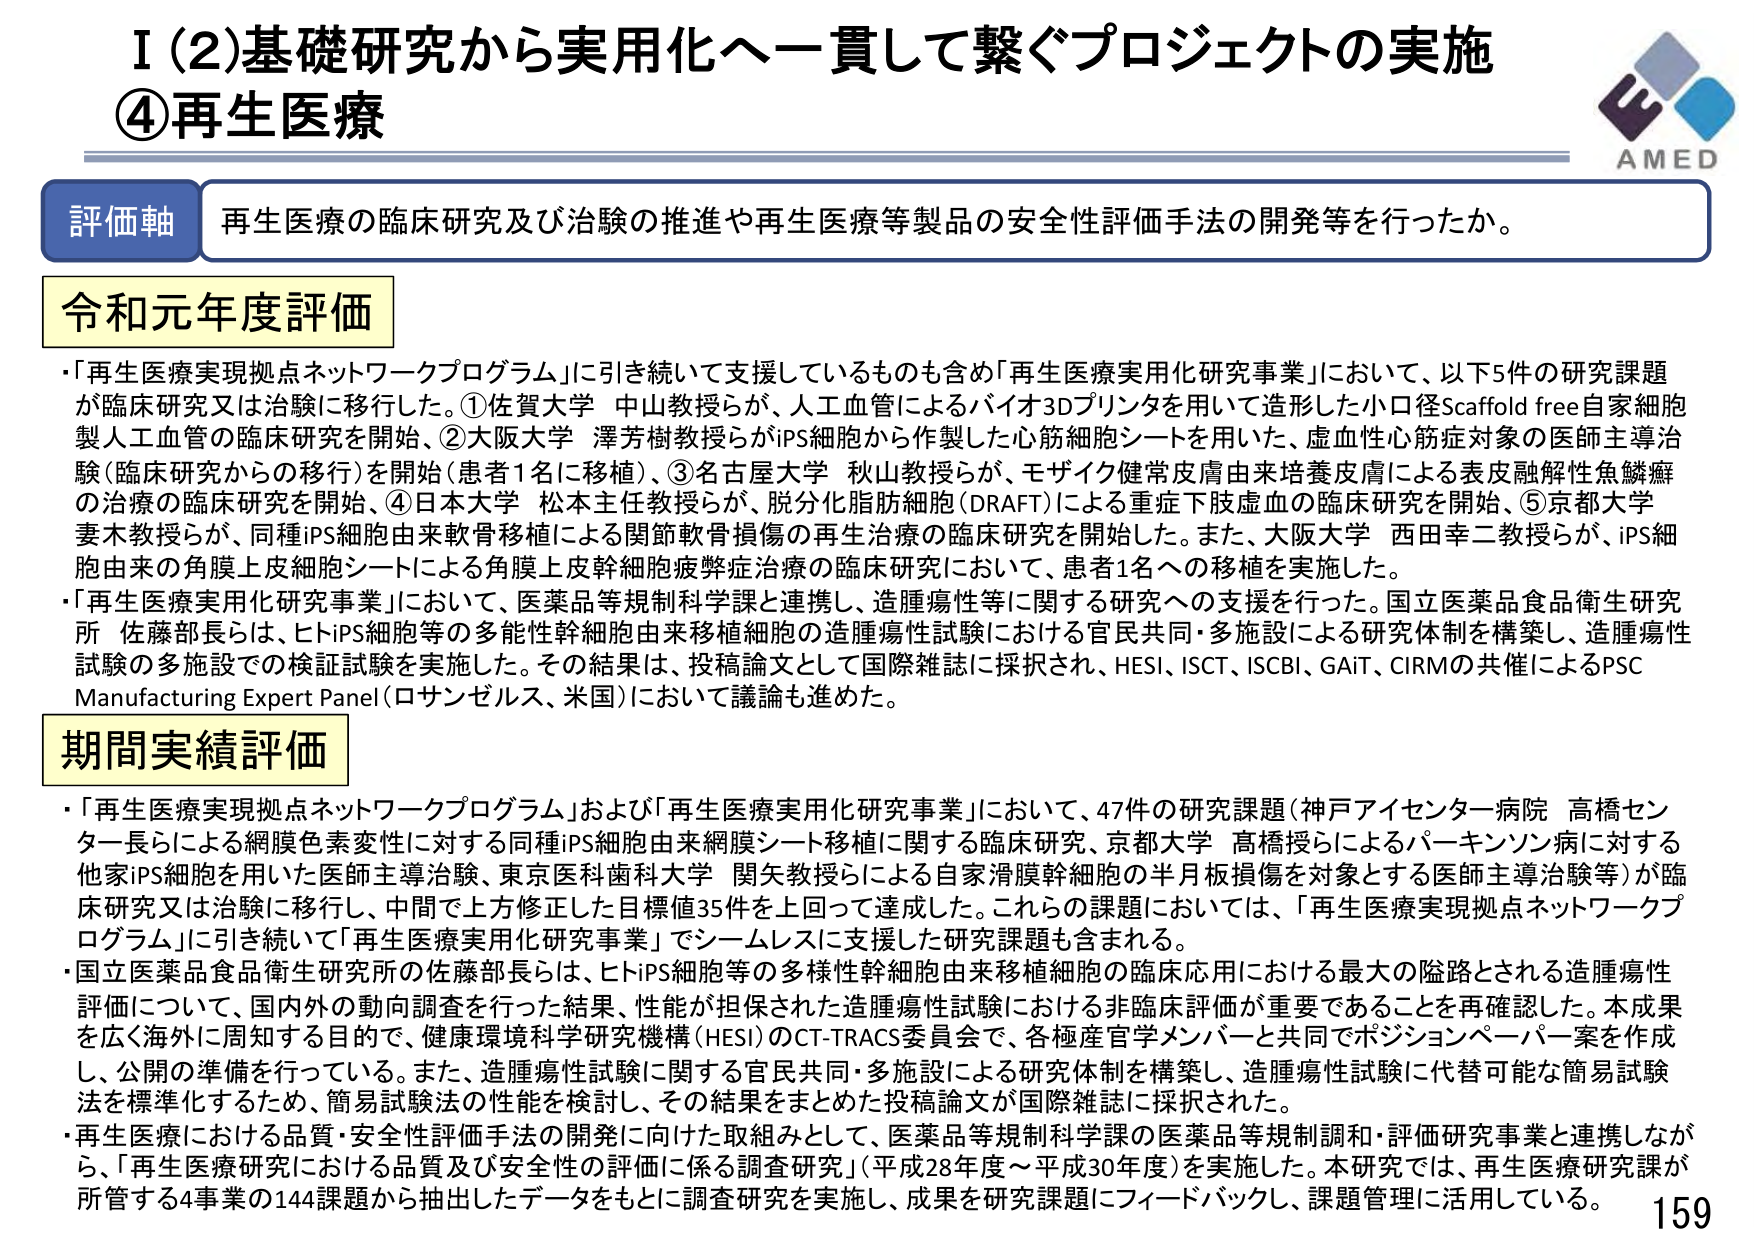
I (2) 基礎研究から実用化へ一貫して繋ぐプロジェクトの実施
④再生医療

評価軸 再生医療の臨床研究及び治験の推進や再生医療等製品の安全性評価手法の開発等を行ったか。

令和元年度評価
・「再生医療実現拠点ネットワークプログラム」に引き続いて支援しているものも含め「再生医療実用化研究事業」において、以下5件の研究課題が臨床研究又は治験に移行した。①佐賀大学 中山教授らが、人工血管によるバイオ3Dプリンタを用いて造形した小口径Scaffold free自家細胞製人工血管の臨床研究を開始、②大阪大学 澤芳樹教授らがiPS細胞から作製した心筋細胞シートを用いた、虚血性心筋症対象の医師主導治験（臨床研究からの移行）を開始（患者1名に移植）、③名古屋大学 秋山教授らが、モザイク健常皮膚由来培養皮膚による表皮融解性魚鱗癬の治療の臨床研究を開始、④日本大学 松本主任教授らが、脱分化脂肪細胞（DRAFT）による重症下肢虚血の臨床研究を開始、⑤京都大学 妻木教授らが、同種iPS細胞由来軟骨移植による関節軟骨損傷の再生治療の臨床研究を開始した。また、大阪大学 西田幸二教授らが、iPS細胞由来の角膜上皮細胞シートによる角膜上皮幹細胞疲弊症治療の臨床研究において、患者1名への移植を実施した。
・「再生医療実用化研究事業」において、医薬品等規制科学課と連携し、造腫瘍性等に関する研究への支援を行った。国立医薬品食品衛生研究所 佐藤部長らは、ヒトiPS細胞等の多能性幹細胞由来移植細胞の造腫瘍性試験における官民共同・多施設による研究体制を構築し、造腫瘍性試験の多施設での検証試験を実施した。その結果は、投稿論文として国際雑誌に採択され、HESI、ISCT、ISCBI、GAIT、CIRMの共催によるPSC Manufacturing Expert Panel（ロサンゼルス、米国）において議論も進めた。

期間実績評価
・「再生医療実現拠点ネットワークプログラム」および「再生医療実用化研究事業」において、47件の研究課題（神戸アイセンター病院 高橋センター長らによる網膜色素変性に対する同種iPS細胞由来網膜シート移植に関する臨床研究、京都大学 高橋授らによるパーキンソン病に対する他家iPS細胞を用いた医師主導治験、東京医科歯科大学 関矢教授らによる自家滑膜幹細胞の半月板損傷を対象とする医師主導治験等）が臨床研究又は治験に移行し、中間で上方修正した目標値35件を上回って達成した。これらの課題においては、「再生医療実現拠点ネットワークプログラム」に引き続いて「再生医療実用化研究事業」でシームレスに支援した研究課題も含まれる。
・国立医薬品食品衛生研究所の佐藤部長らは、ヒトiPS細胞等の多様性幹細胞由来移植細胞の臨床応用における最大の隘路とされる造腫瘍性評価について、国内外の動向調査を行った結果、性能が担保された造腫瘍性試験における非臨床評価が重要であることを再確認した。本成果を広く海外に周知する目的で、健康環境科学研究機構（HESI）のCT-TRACS委員会で、各極産官学メンバーと共同でポジションペーパー案を作成し、公開の準備を行っている。また、造腫瘍性試験に関する官民共同・多施設による研究体制を構築し、造腫瘍性試験に代替可能な簡易試験法を標準化するため、簡易試験法の性能を検討し、その結果をまとめた投稿論文が国際雑誌に採択された。
・再生医療における品質・安全性評価手法の開発に向けた取組みとして、医薬品等規制科学課の医薬品等規制調和・評価研究事業と連携しながら、「再生医療研究における品質及び安全性の評価に係る調査研究」（平成28年度～平成30年度）を実施した。本研究では、再生医療研究課が所管する4事業の144課題から抽出したデータをもとに調査研究を実施し、成果を研究課題にフィードバックし、課題管理に活用している。

AMED
159